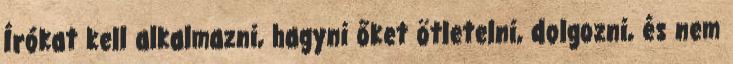
Írókat kell alkalmazni, hagyni őket ötletelni, dolgozni, és nem